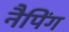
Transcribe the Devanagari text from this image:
नैपिंग